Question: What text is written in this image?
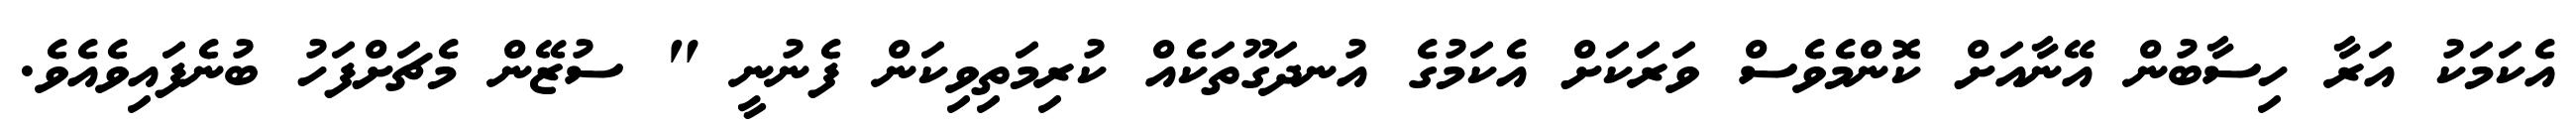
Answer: އެކަމަކު އަރާ ހިސާބުން އޭނާއަށް ކޮންމެވެސް ވަރަކަށް އެކަމުގެ އުނދަގޫތަކެއް ކުރިމަތިވިކަން ފެނުނީ " ސުޒޭން މެޗަށްފަހު ބުނެފައިވެއެވެ.